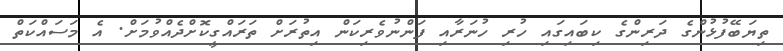
ތިޔަބޭފުޅުންގެ ދަރިންގެ ކިބައިގައި ހުރި ހުނަރާއި ފަންނުވެރިކަން އިތުރަށް ތަރައްގީކޮށްދެއްވުމަށް. އެ މަސައްކަތް